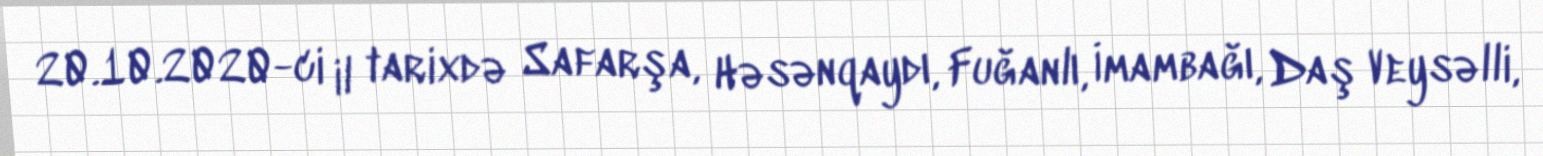
20.10.2020-ci il tarixdə Safarşa, Həsənqaydı, Fuğanlı, İmambağı, Daş Veysəlli,